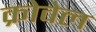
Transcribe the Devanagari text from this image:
क्रोवेल